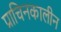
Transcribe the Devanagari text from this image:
प्राचिनकालीन